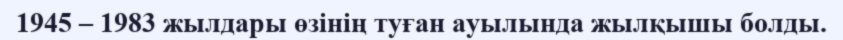
1945 – 1983 жылдары өзінің туған ауылында жылқышы болды.